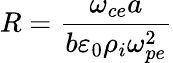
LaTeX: R=\frac{\omega_{ce}a}{b\varepsilon_{0}\rho_{i}\omega_{pe}^{2}}